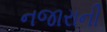
નજારાની